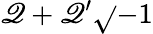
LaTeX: \mathscr{Q}+\mathscr{Q}^{\prime}{\sqrt{}{{-1}}}